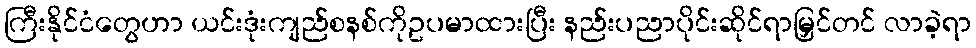
ကြီးနိုင်ငံတွေဟာ ယင်းဒုံးကျည်စနစ်ကိုဥပမာထားပြီး နည်းပညာပိုင်းဆိုင်ရာမြှင်တင် လာခဲ့ရာ